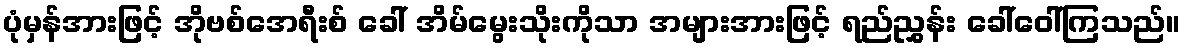
ပုံမှန်အားဖြင့် အိုဗစ်အေရီးစ် ခေါ် အိမ်မွေးသိုးကိုသာ အများအားဖြင့် ရည်ညွှန်း ခေါ်ဝေါ်ကြသည်။